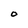
Character: O